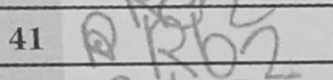
Transcription: Rb2